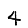
Digit: 4